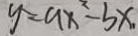
y = a x ^ { 2 } - b x .